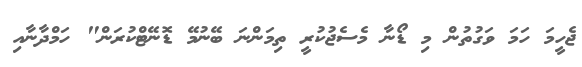
ޖެހީމަ ހަމަ ވަގުތުން މި ޑޯނާ މެސެޖުކުރީ ތިމަންނަ ބޭނުމޭ ޑޮނޭޓްކުރަން" ހަމްދާނާއި